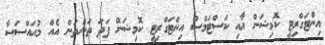
އިންޓަގްރިޓީ ކޮމިޝަން އާއި ކަސްޓަމްސް އިންޓަގްރިޓީ ކޮމިޝަން ފަދަ ތަންތަން އެއް މުއައްސަސާ